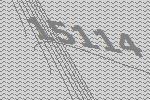
15114